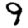
Digit: 9